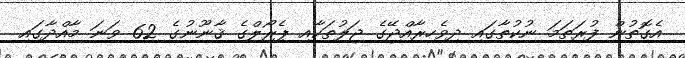
އެގޮތުން ފުރަތަމަ ނުކުތާގައި ދިވެހިރާއްޖޭގެ ޖަލުތަކާއި ޕެރޯލްގެ ޤާނޫނުގެ 62 ވަނަ މާއްދާގައި